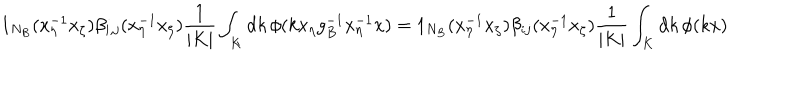
1 _ { N _ { B } } ( x _ { \eta } ^ { - 1 } x _ { \zeta } ) \beta _ { i , j } ( x _ { \eta } ^ { - 1 } x _ { \zeta } ) \frac { 1 } { | K | } \int _ { K } \mathrm { d } k \, \phi ( k x _ { \eta } g _ { B } ^ { - 1 } x _ { \eta } ^ { - 1 } x ) = 1 _ { N _ { B } } ( x _ { \eta } ^ { - 1 } x _ { \zeta } ) \beta _ { i j } ( x _ { \eta } ^ { - 1 } x _ { \zeta } ) \frac { 1 } { | K | } \int _ { K } \mathrm { d } k \, \phi ( k x )